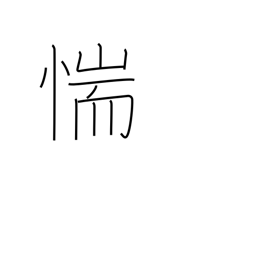
Meaning: be afraid